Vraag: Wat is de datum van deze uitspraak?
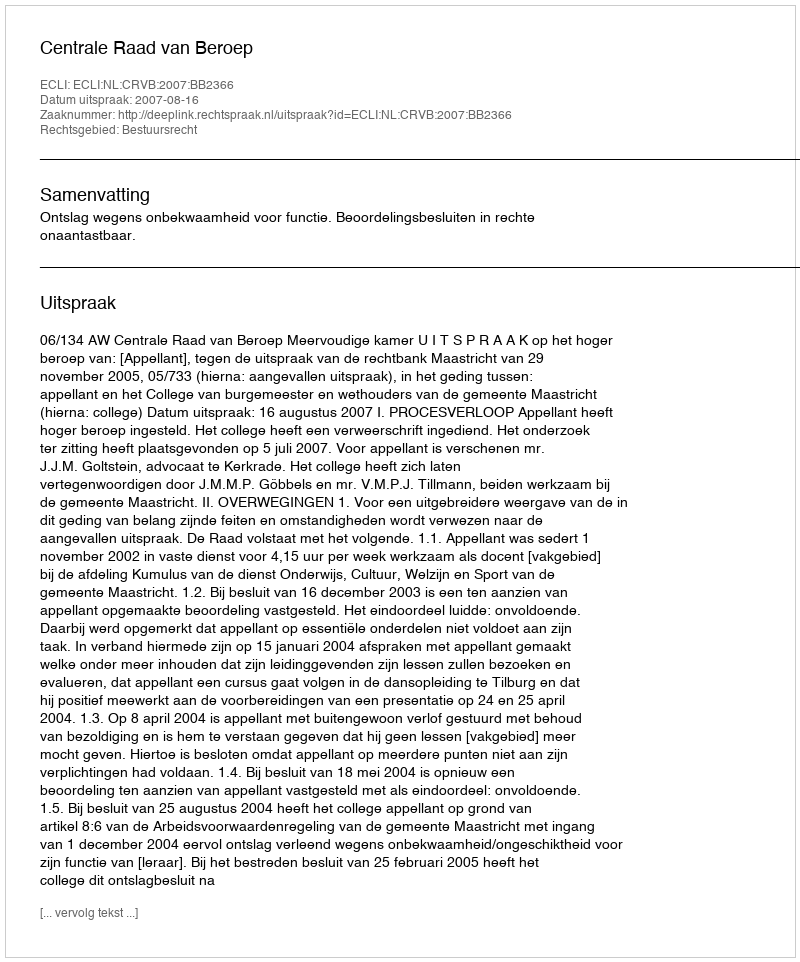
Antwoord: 2007-08-16